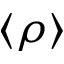
\langle \rho \rangle